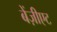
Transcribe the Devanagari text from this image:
बेंज़ीएट